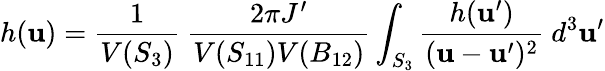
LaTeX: h({\mathbf u})=\frac{1}{V(S_{3})}\ \frac{2\pi J^{\prime}}{V(S_{11})V(B_{12})}\int_{S_{3}}\frac{h({\mathbf u}^{\prime})}{({\mathbf u}-{\mathbf u}^{\prime})^{2}}\ d^{3}{\mathbf u}^{\prime}